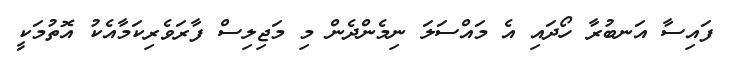
ފައިސާ އަނބުރާ ހޯދައި އެ މައްސަލަ ނިމެންދެން މި މަޖިލިސް ފާރަވެރިކަމާއެކު އޮތުމަކީ